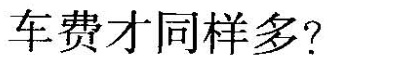
车费才同样多?